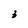
Character: 3